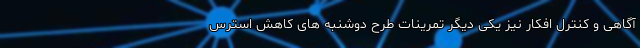
‌آگاهی و کنترل افکار نیز یکی دیگر تمرینات طرح دوشنبه های کاهش استرس